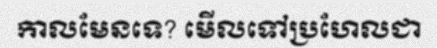
កាលមែនទេ? មើលទៅប្រហែលជា